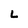
Character: L